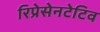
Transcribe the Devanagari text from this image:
रिप्रेसेनटेटिव